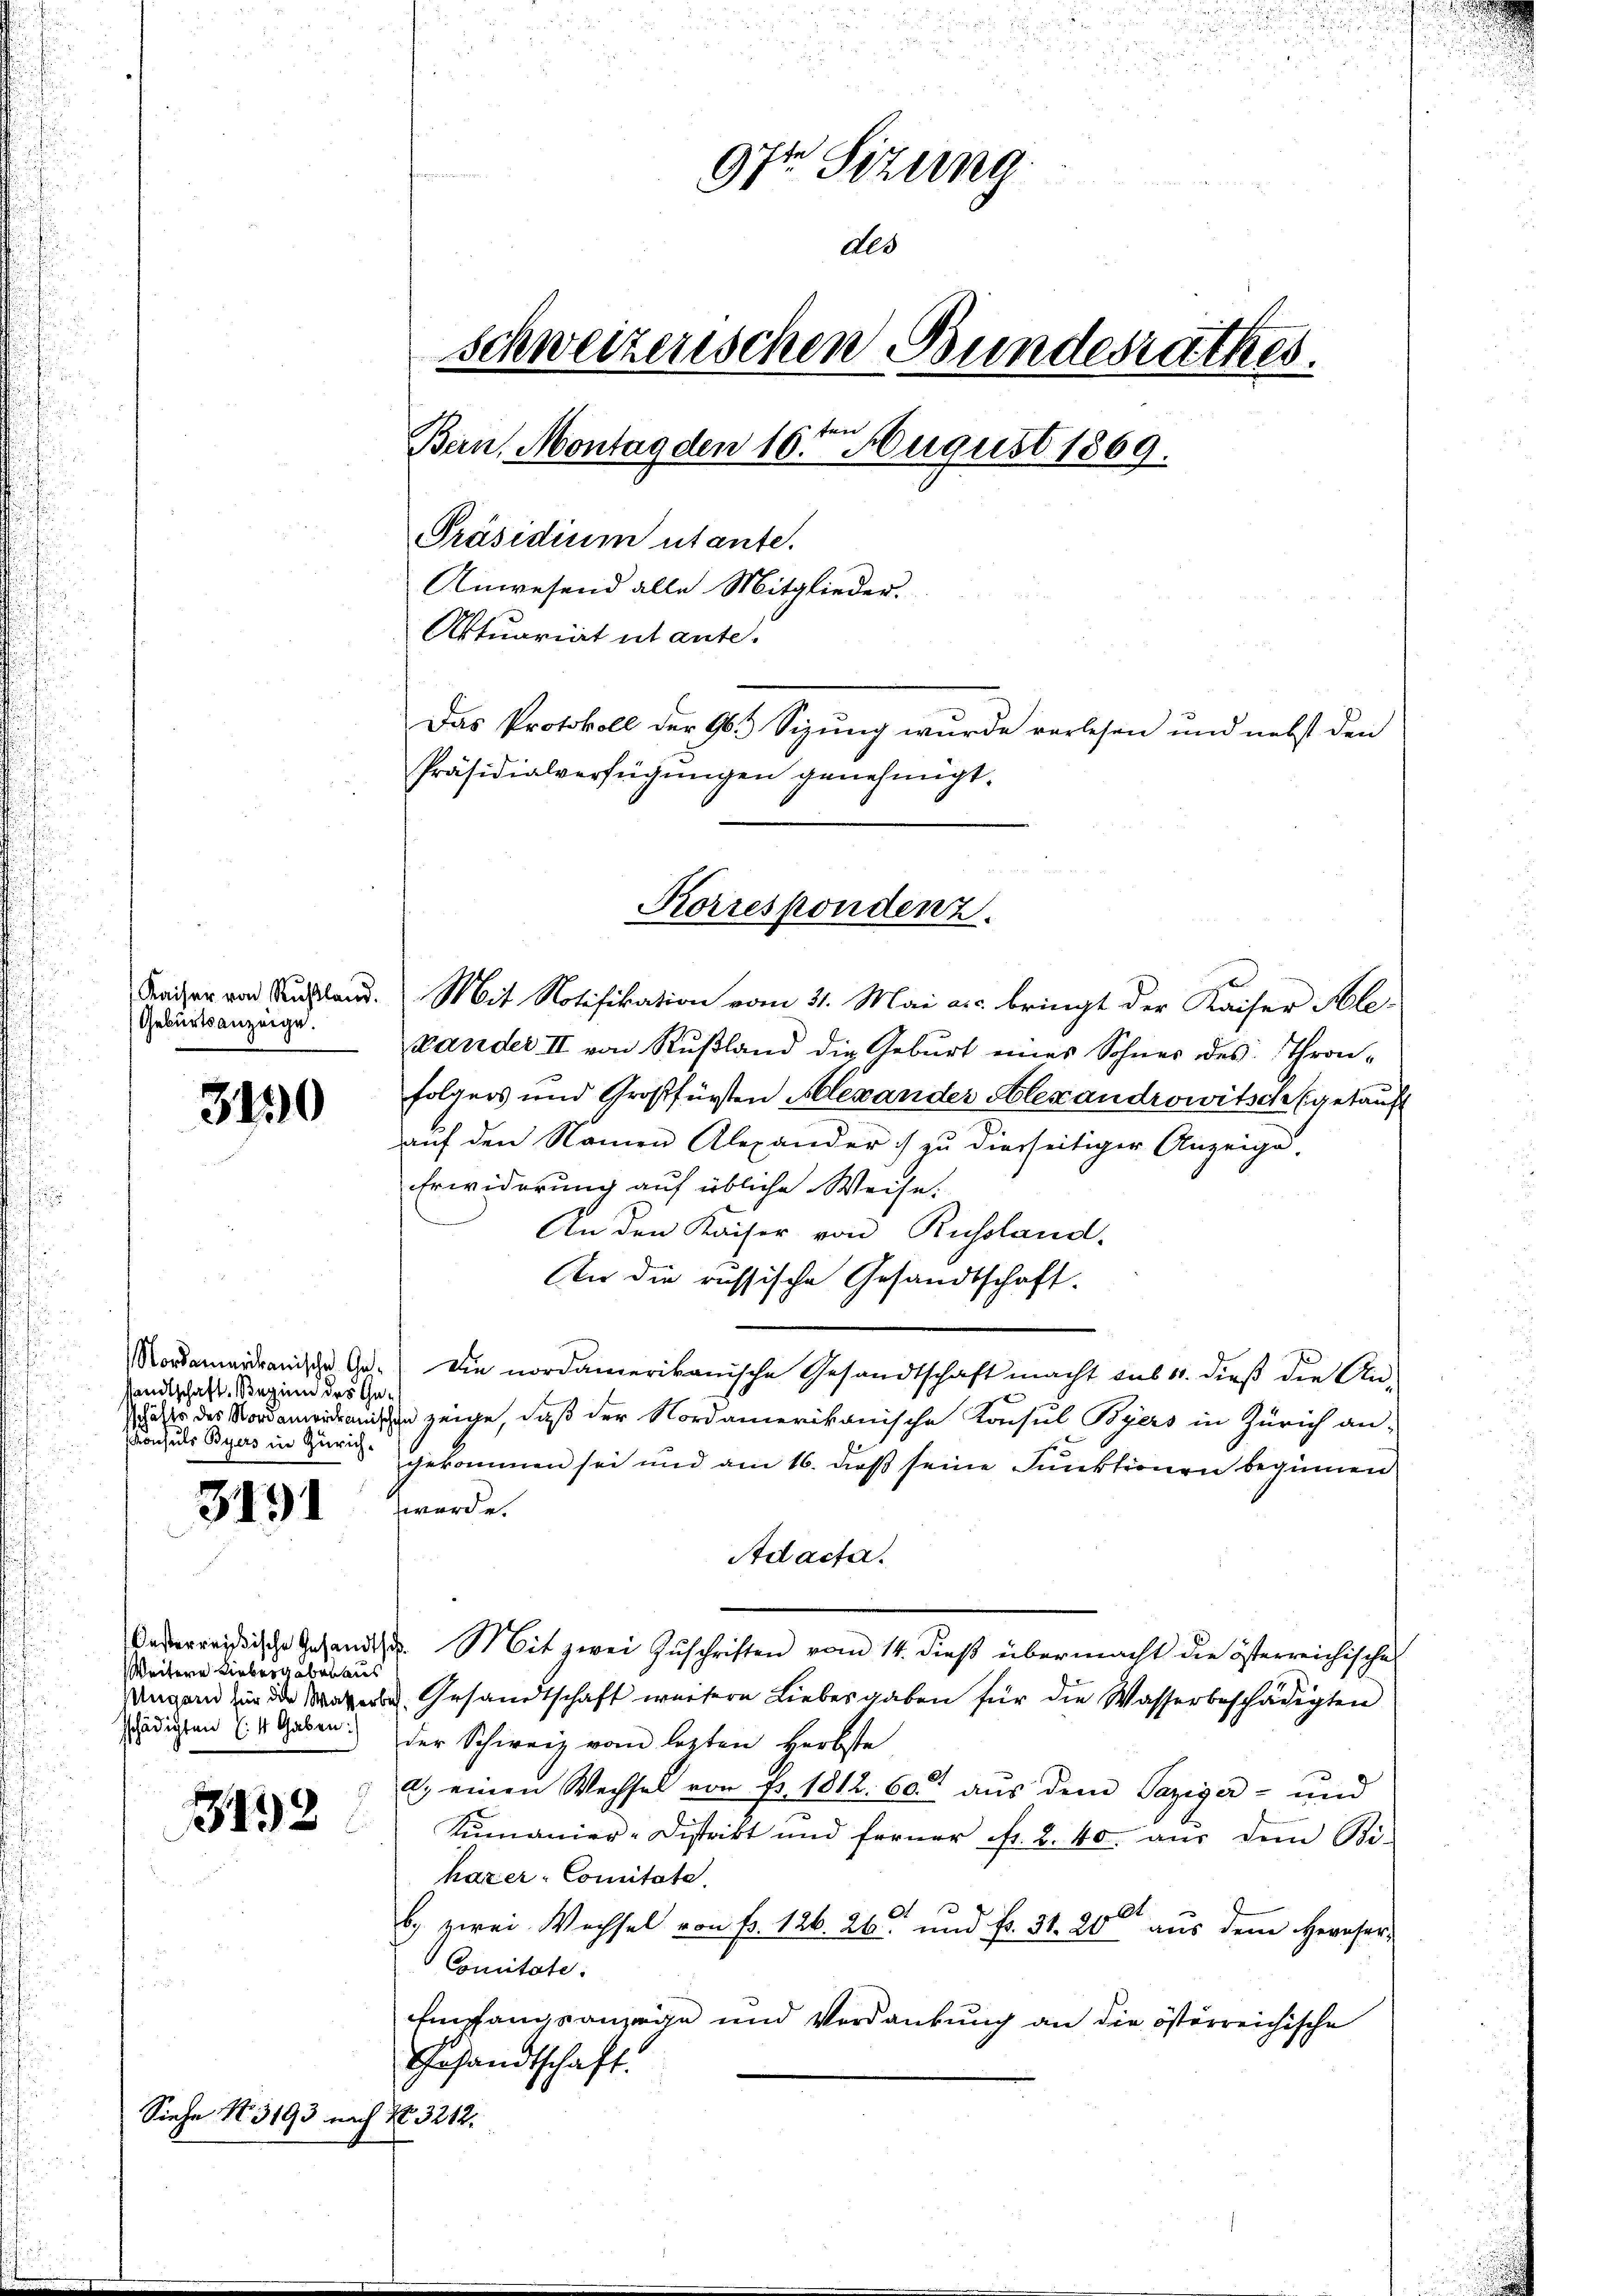
Kaiser von Rußland
Geburtsanzeige.

3430

sandtschaft. Beginn des Ge¬
Konsuls Byers in Zürich¬

3191

Weitere Liebergeben aus
sschädigten (: 4 Gaben:

3192

Siehe No. 3193 nach No 3212.

97 Sizung
des
schweizerischen Bundesrathes.
Bern, Montag den 10ten August 1869.
Präsidium utante.
Anwesend alle Mitglieder.
Aktuariat utante.
Das Protokoll der 965 Sizung wurde verlesen und nebst den
Präsidialverfügungen genehmigt.

Pander II von Rußland die Geburt eines Sohnes des Thronfolgers und Großfürsten Alexander Alexandrowitsch getauft
auf den Namen Alexander) zu dierseitiger Anzeige.
Erwiderung auf übliche Weise.
An den Kaiser von Russland,
An die russische Gesandtschaft.
Nordmardranische Ges. Die nordamerikanische Gesandtschaft macht aus 11. dieß die An-
daher des die zeige, daß der Nordamerikanische Konsul Byers in Zürich an-
gekommen sei und am 16. dieß seine Funktionen beginnen
werde.
Adacta.
Oederreissische Gesandtsch. Mit zwei Zŭschriften vom 14. dieß übermacht die österreichische
Ungarn zu die Meer Gesandtschaft weisere Liebesgaben für die Wasserbeschädigten
der Schweiz vom lezten Herbste
 a. einen Wechsel von pr. 1812. 60. aŭs dem Paziger- und
Kumanier-Distrikt und ferner fr. 2. 40. aŭs dem Bi-
hazer Comitate.
b.) zwei Wechsel von Fr. 126. 26 und Fr. 31. 20 aus dem Herrser¬
Comitate.
Empfangsanzeige und Verdankung an die österreichische
Gesandtschaft.

Korrespondenz.
Mit Notifikation vom 11. Mai a.c. bringt der Kaiser Ale-